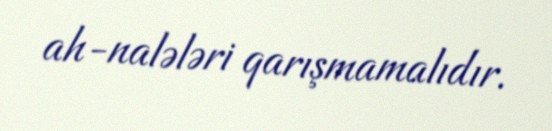
ah-nalələri qarışmamalıdır.